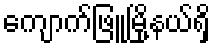
ကျောက်ဖြူမြို့နယ်ရှိ